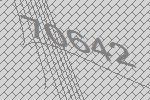
70642